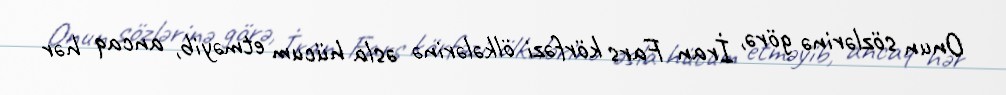
Onun sözlərinə görə, İran Fars körfəzi ölkələrinə əsla hücum etməyib, ancaq hər